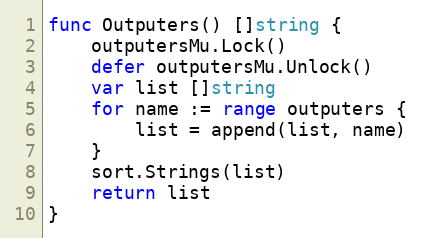
Language: Go
func Outputers() []string {
	outputersMu.Lock()
	defer outputersMu.Unlock()
	var list []string
	for name := range outputers {
		list = append(list, name)
	}
	sort.Strings(list)
	return list
}